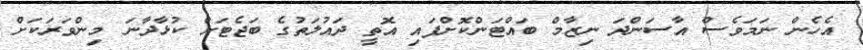
އެހެން ނަމަވެސް އާސަންދަ ނިޒާމް ބައްޓަންކޮށްފައި އޮތީ ދައުލަތުގެ ބަޖެޓަށް ކުޅާދާނަ މިންވަރަކަށް